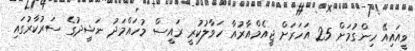
ވީއައިއޭ ހިންގުމަށް 25 އަހަރަށް ޖީއެމްއާރުއާ ހަވާލުކުރީ ރައީސް މުހައްމަދު ނަޝީދުގެ ސަރުކާރުގައި